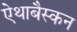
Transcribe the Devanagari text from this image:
ऐथाबैस्कन